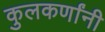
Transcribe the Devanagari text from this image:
कुलकर्णांनी